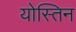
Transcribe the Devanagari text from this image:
योस्तिन